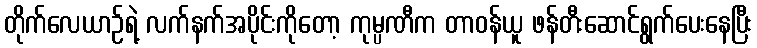
တိုက်လေယာဉ်ရဲ့ လက်နက်အပိုင်းကိုတော့ ကုမ္ပဏီက တာဝန်ယူ ဖန်တီးဆောင်ရွက်ပေးနေပြီး